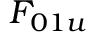
F _ { 0 1 u }